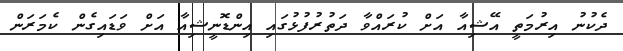
ދެކުނު އިރުމަތީ އޭޝިއާ އަށް ކުރައްވާ ދަތުރުފުޅުގައި އިންޑޮނީޝިއާ އަށް ވަޑައިގެން ކެމަރަން